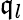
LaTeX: \mathfrak{q}_{l}